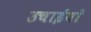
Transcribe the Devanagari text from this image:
उचाईयों